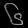
Digit: ၆